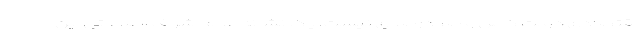
اقتصادی دولت کامل و صددرصدی نیست. یک نشانه عدم اشراف اطلاعاتی این